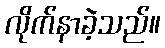
လိုက်နာခဲ့သည်။